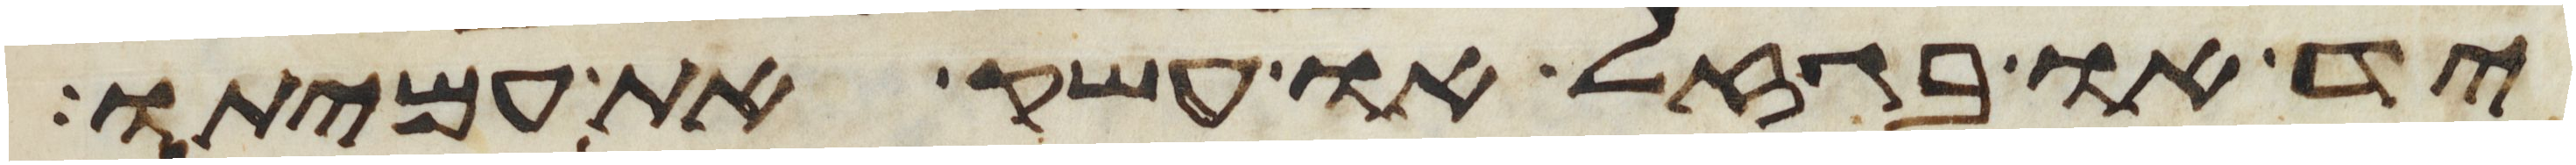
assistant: יד או בגזל או עשק את עמיתו